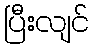
ပြီးလျင်